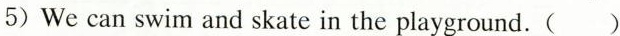
5)We can swim and skate in the playground.( )